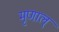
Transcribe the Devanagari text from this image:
मृणाल्